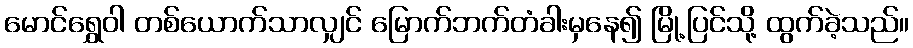
မောင်ရွှေဝါ တစ်ယောက်သာလျှင် မြောက်ဘက်တံခါးမှနေ၍ မြို့ပြင်သို့ ထွက်ခဲ့သည်။